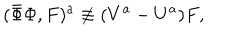
( \bar { \Phi } \Phi , F ) ^ { a } \not \equiv ( V ^ { a } - U ^ { a } ) F ,